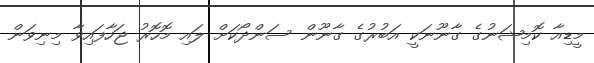
މީޑިއާ ކޮމިޝަނުގެ ގާނޫނަކީ އަބުރުގެ ގާނޫން ސަންދޯކަށް ލައި މޮހޮރު ޖަހާފައިވާ މިނިވަން